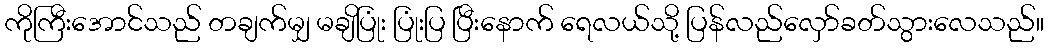
ကိုကြီးအောင်သည် တချက်မျှ မချိပြုံး ပြုံးပြ ပြီးနောက် ရေလယ်သို့ ပြန်လည်လှော်ခတ်သွားလေသည်။